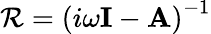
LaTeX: \mathbf{\mathcal{R}}=\left(i\omega\mathbf{I}-\mathbf{A}\right)^{-1}